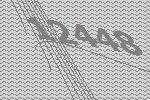
12448